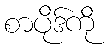
စာပိုဒ်ကို